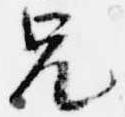
兄